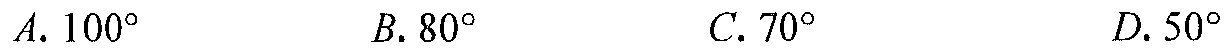
\(A.100^{\circ}\)  \(B.80^{\circ}\)  \(C.70^{\circ}\)  \(D.50^{\circ}\)